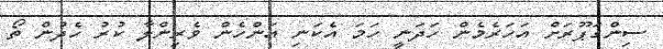
ސިންގަޕޫރަށް އަހަރެމެން ހަދަނީ ހަމަ އެކަނި އަންހެން ވެރިންލާ ކުރު ހެދުން ތޯ